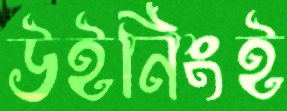
উইনিংই